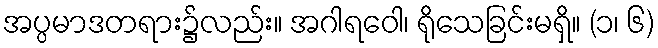
အပ္ပမာဒတရား၌လည်း။ အဂါရဝေါ၊ ရိုသေခြင်းမရှိ။ (၁၊ ၆)